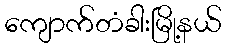
ကျောက်တံခါးမြို့နယ်